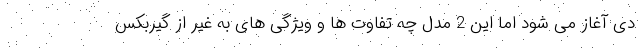
دی آغاز می شود اما این 2 مدل چه تفاوت ها و ویژگی های به غیر از گیربکس